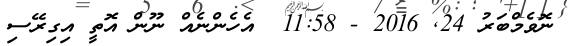
ނޮވެމްބަރު 24